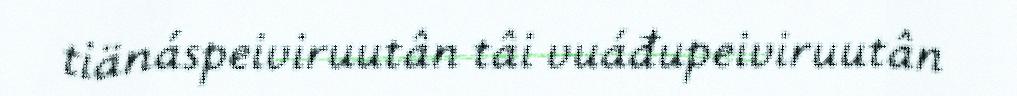
tiänáspeiviruutân tâi vuáđupeiviruutân